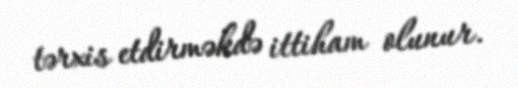
tərxis etdirməkdə ittiham olunur.